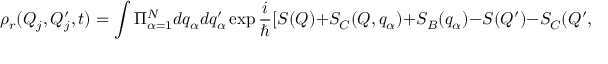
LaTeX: \rho _ { r } ( Q _ { j } , Q _ { j } ^ { \prime } , t ) = \int \Pi _ { \alpha = 1 } ^ { N } d q _ { \alpha } d q _ { \alpha } ^ { \prime } \exp \frac { i } { \hbar } [ S ( Q ) + S _ { C } ( Q , q _ { \alpha } ) + S _ { B } ( q _ { \alpha } ) - S ( Q ^ { \prime } ) - S _ { C } ( Q ^ { \prime } , q _ { \alpha } ^ { \prime } ) - S _ { B } ( q _ { \alpha } ^ { \prime } ) ] .